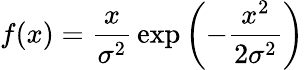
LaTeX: f(x)={\frac{x}{\sigma^{2}}}\exp\left(-{\frac{x^{2}}{2\sigma^{2}}}\right)